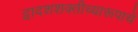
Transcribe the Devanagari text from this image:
द्वादशशक्तीच्यारूपाचें